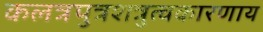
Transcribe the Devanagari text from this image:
कलत्रपुत्रशत्रुत्वकारणाय